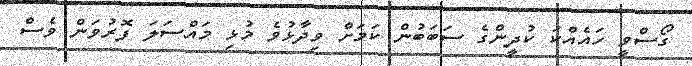
ގޯސްވީ ހައެއްކަ ކުދީންގެ ސަބަބުން ކަމަށް ވިދާޅުވެ މުޅި މައްސަލަ ފޮރުވަން ވެސް